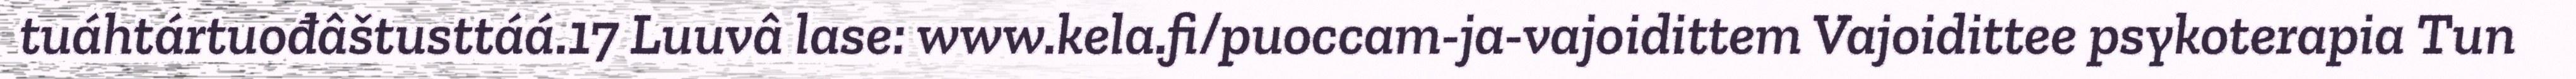
tuáhtártuođâštusttáá.17 Luuvâ lase: www.kela.fi/puoccam-ja-vajoidittem Vajoidittee psykoterapia Tun